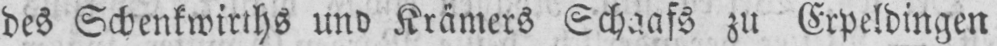
des Schenkwirths und Krämers Schaafs zu Erpeldingen